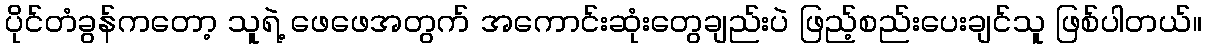
ပိုင်တံခွန်ကတော့ သူရဲ့ ဖေဖေအတွက် အကောင်းဆုံးတွေချည်းပဲ ဖြည့်စည်းပေးချင်သူ ဖြစ်ပါတယ်။